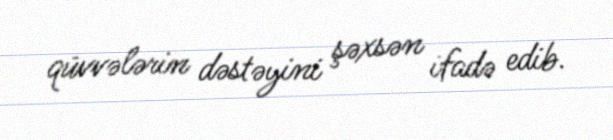
qüvvələrin dəstəyini şəxsən ifadə edib.